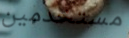
مستخدمين